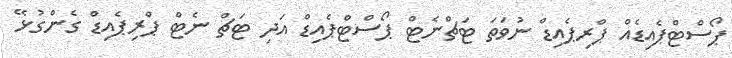
ޕޯސްޓްޕެއިޑެއް ޕްރިޕެއިޑް ނުވަތަ ޓަޗްނެޓް ޕޯސްޓްޕެއިޑް އަދި ޓަޗް ނެޓް ޕްރިޕެއިޑް ގެންގުޅޭ